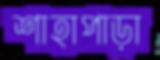
শাহাপাড়া